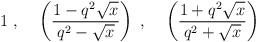
LaTeX: \begin{align*}1\;,\;\;\;\;\left(\frac{ 1 - q^2 \sqrt x }{q^2 - \sqrt x } \right)\;,\;\;\;\;\left(\frac{ 1 + q^2 \sqrt x }{q^2 + \sqrt x } \right)\end{align*}